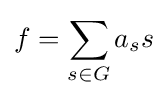
f=\sum _{s\in G}a_{s}s